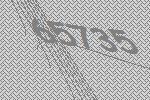
65735